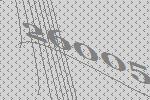
26005